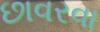
છાવરવા